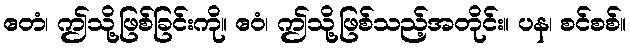
ဧတံ၊ ဤသို့ဖြစ်ခြင်းကို။ ဧဝံ၊ ဤသို့ဖြစ်သည့်အတိုင်း။ ပန၊ စင်စစ်။